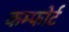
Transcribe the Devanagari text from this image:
कम्फोर्ट